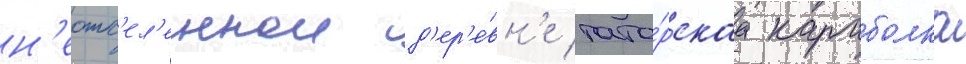
н'еотс'ел'еннои д'ер'е́вн'е тата́рскаа караболка